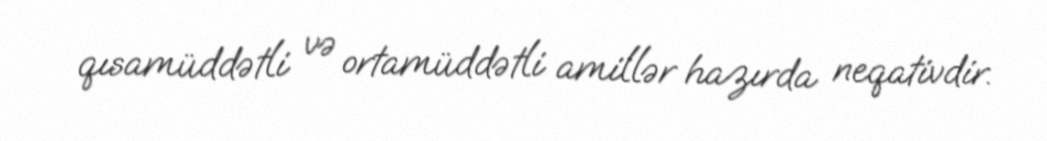
qısamüddətli və ortamüddətli amillər hazırda neqativdir.